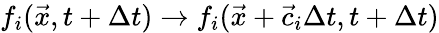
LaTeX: f_{i}(\vec{x},t+\Delta t)\xrightarrow{}f_{i}(\vec{x}+\vec{c}_{i}\Delta t,t+\Delta t)